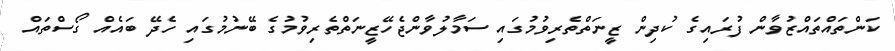
ކަންތައްތައްޒުވާން ފުރައިގެ ކުދިން ޒީނަތްތެރިވުމުގައި ސަމާލުވާންޖެހޭޒީނަތްތެރިވުމުގެ ބޭނުމުގައި ހެދޭ ބައެއް ގޯސްތައް